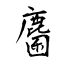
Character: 麕